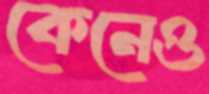
কেনেও